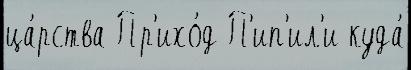
ца́рства Пр'ихо́д П'ип'ил'и куда́